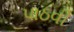
પાઠવી